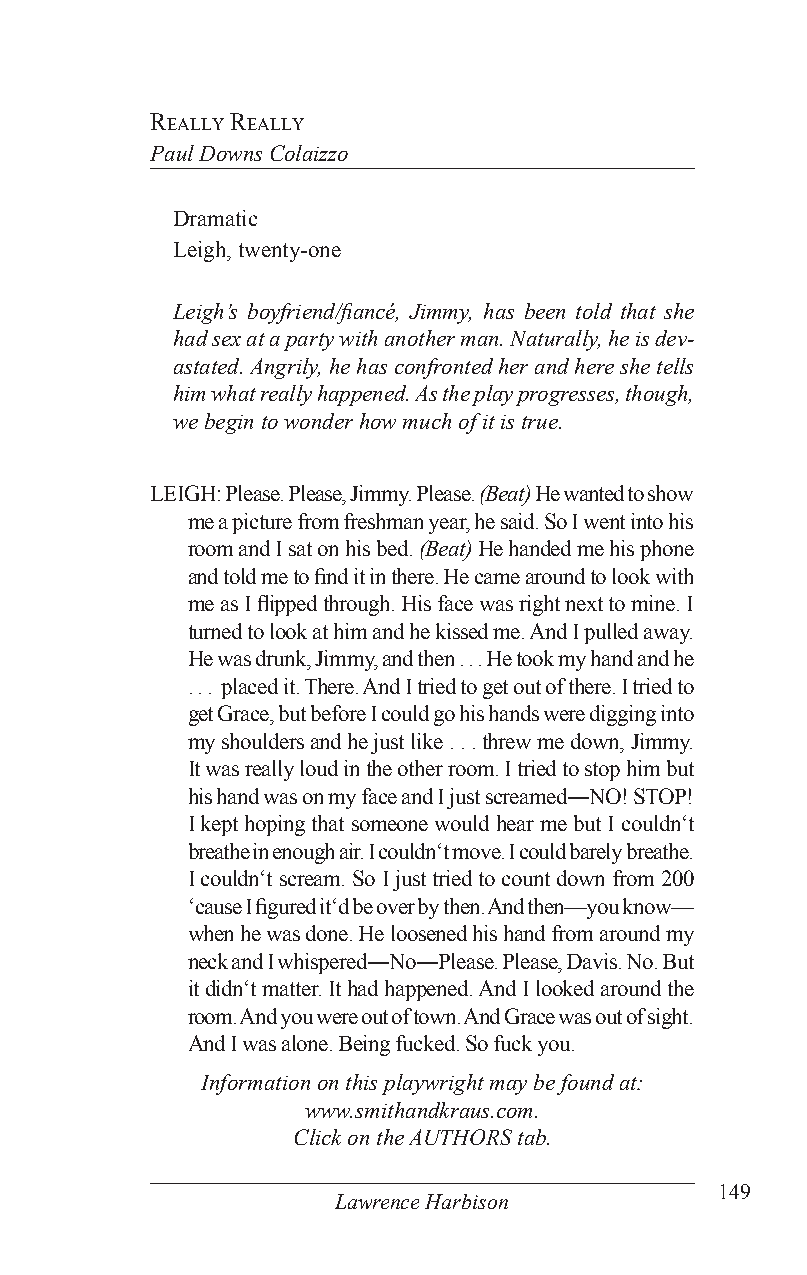
really really
 Paul Downs Colaizzo
 Dramatic
 Leigh, twenty-one
 Leigh’s boyfriend/fiancé, Jimmy, has been told that she
 had sex at a party with another man. Naturally, he is dev-
 astated. Angrily, he has confronted her and here she tells
 him what really happened. As the play progresses, though,
 we begin to wonder how much of it is true.
 LEIGH: Please. Please, Jimmy. Please. (Beat) He wanted to show
 me a picture from freshman year, he said. So I went into his
 room and I sat on his bed. (Beat) He handed me his phone
 and told me to find it in there. He came around to look with
 me as I flipped through. His face was right next to mine. I
 turned to look at him and he kissed me. And I pulled away.
 He was drunk, Jimmy, and then . . . He took my hand and he
 . . . placed it. There. And I tried to get out of there. I tried to
 get Grace, but before I could go his hands were digging into
 my shoulders and he just like . . . threw me down, Jimmy.
 It was really loud in the other room. I tried to stop him but
 his hand was on my face and I just screamed―NO! STOP!
 I kept hoping that someone would hear me but I couldn‘t
 breathe in enough air. I couldn‘t move. I could barely breathe.
 I couldn‘t scream. So I just tried to count down from 200
 ‘cause I figured it‘d be over by then. And then—you know—
 when he was done. He loosened his hand from around my
 neck and I whispered―No―Please. Please, Davis. No. But
 it didn‘t matter. It had happened. And I looked around the
 room. And you were out of town. And Grace was out of sight.
 And I was alone. Being fucked. So fuck you.
 Information on this playwright may be found at:
 www.smithandkraus.com.
 Click on the AUTHORS tab.
 149
 Lawrence Harbison